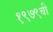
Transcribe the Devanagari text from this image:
१९७९ची